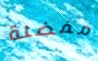
مفضلة